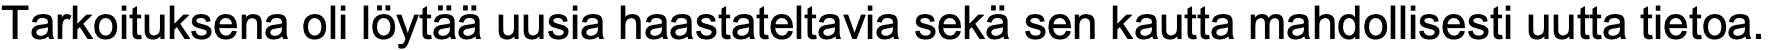
Tarkoituksena oli löytää uusia haastateltavia sekä sen kautta mahdollisesti uutta tietoa.